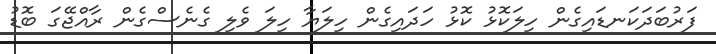
ފަރުބަދަކަނޑައިގެން ހިލަކޮޅު ކޮޅު ހަދައިގެން ހިލަޔާ ހިލަ ވެލި ގެނެސްގެން ރާއްޖޭގަ ބޮޑު